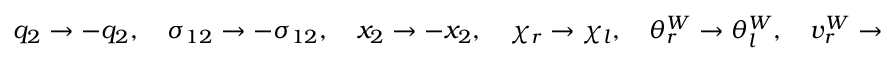
q _ { 2 } \rightarrow - q _ { 2 } , \quad \sigma _ { 1 2 } \rightarrow - \sigma _ { 1 2 } , \quad x _ { 2 } \rightarrow - x _ { 2 } , \quad \chi _ { r } \rightarrow \chi _ { l } , \quad \theta _ { r } ^ { W } \rightarrow \theta _ { l } ^ { W } , \quad v _ { r } ^ { W } \rightarrow v _ { l } ^ { W } .